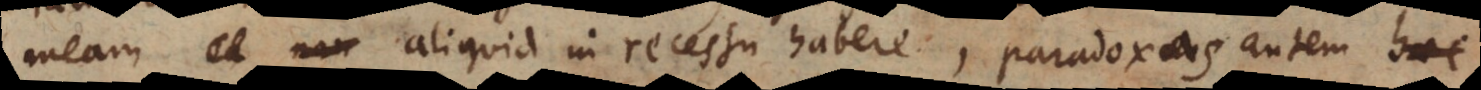
meam aliquid in recessu habere, paradoxas autem